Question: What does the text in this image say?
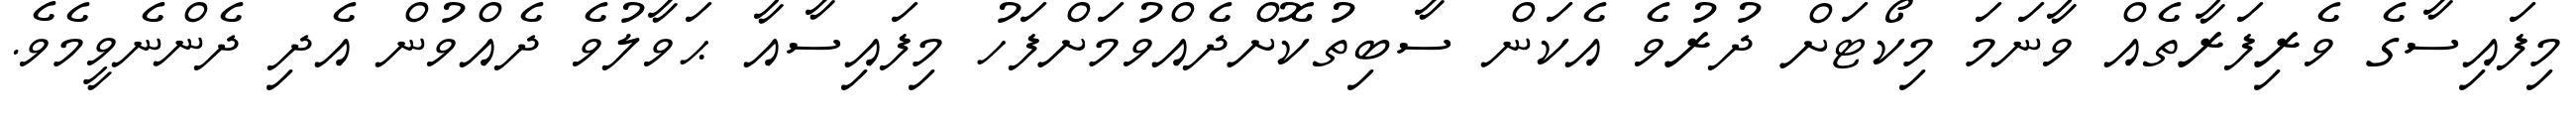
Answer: މިފައިސާގެ ވެރިފަރާތެއް ވާނަމަ މިކޯޓަށް ދުރުވެ އެކަން ސާބިތުކޮށްދެއްވުމަށްފަހު މިފައިސާއާ ޙަވާލުވެ ދެއްވުން އެދި ދެންނެވީމެވެ.